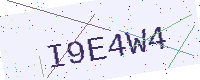
Text: I9E4W4